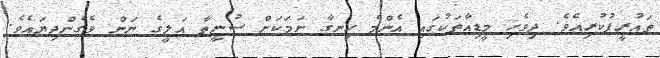
ތައުރީފުކުރިއެވެ. ދިވެހި މީޑިއާތަކުގައި އެންމެ ހިނގާ ނަމަކަށް ސުނީތާ އަލީގެ ނަން ވެގެންދިޔައެވެ.